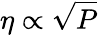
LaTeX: \eta\propto\sqrt{P}